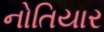
નોતિયાર